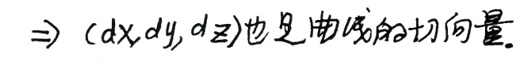
$\Rightarrow (dx,dy,dz)$也是曲线的切向量.